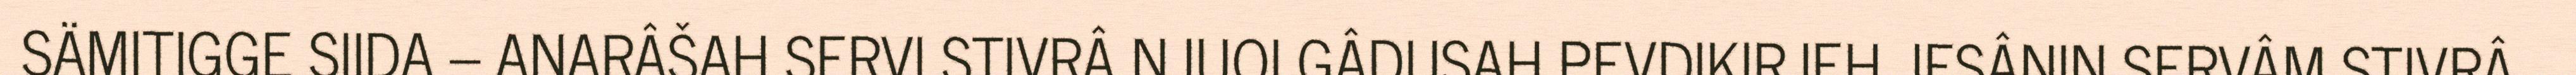
SÄMITIGGE SIIDA – ANARÂŠAH SERVI STIVRÂ NJUOLGÂDUSAH PEVDIKIRJEH JESÂNIN SERVÂM STIVRÂ